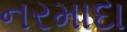
નરમાદા